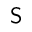
\mathsf { S }